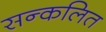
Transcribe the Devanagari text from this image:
सन्कलित